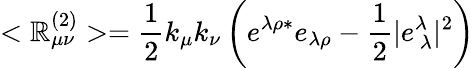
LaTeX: <\mathbb{R}_{\mu\nu}^{(2)}>=\frac{{1}}{{2}}k_{\mu}k_{\nu}\left(e^{\lambda\rho*}e_{\lambda\rho}-\frac{{1}}{{2}}|e_{\ \lambda}^{\lambda}|^{2}\right)